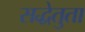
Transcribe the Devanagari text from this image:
सद्धेतुता